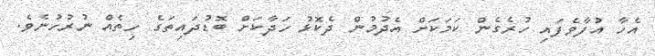
އެހާ އުފާވެފައި ހުރެގެން ކަމަކަށް އެދުމުން ދެކޮޅު ހަދާކަށް ބޮޑުދައިތަގެ ހިތެއް ނުރުހުނެވެ.